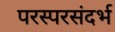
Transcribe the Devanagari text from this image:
परस्परसंदर्भ